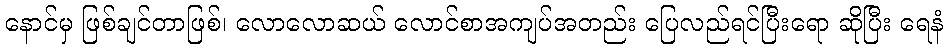
နောင်မှ ဖြစ်ချင်တာဖြစ်၊ လောလောဆယ် လောင်စာအကျပ်အတည်း ပြေလည်ရင်ပြီးရော ဆိုပြီး ရေနံ